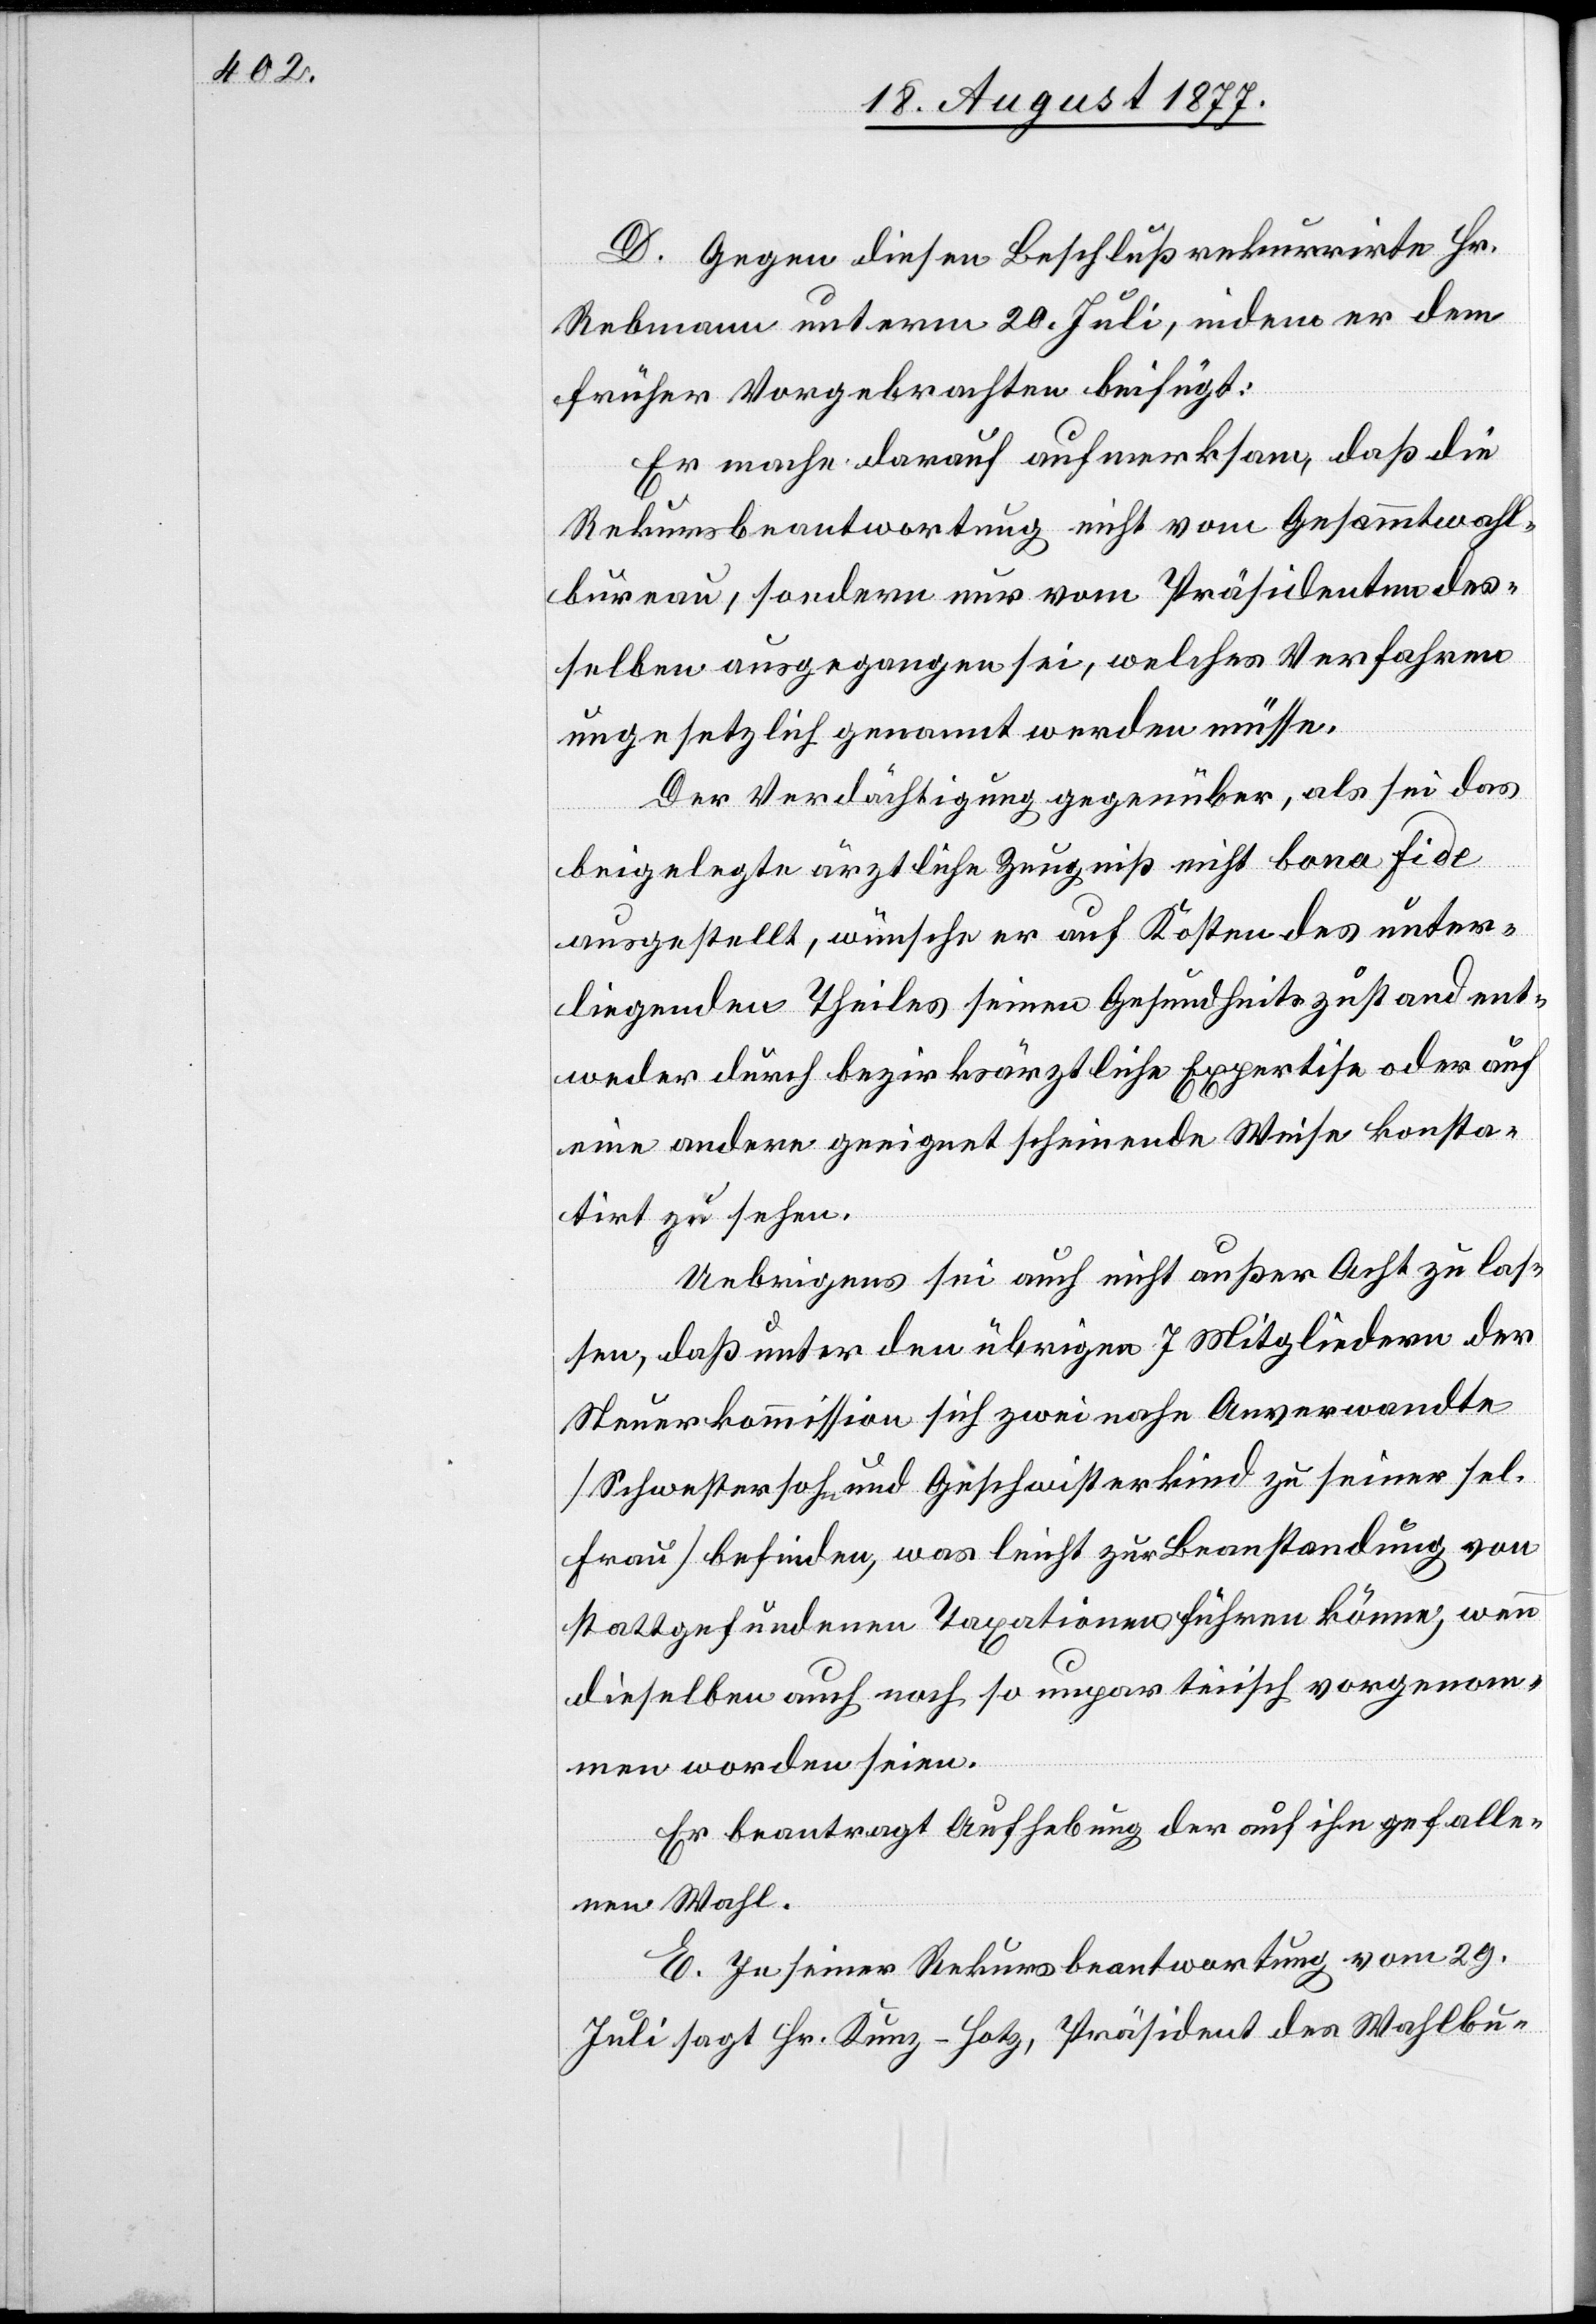
D. Gegen diesen Beschluß rekurrirte Hr.
Rebmann unterm 20. Juli, indem er dem
früher Vorgebrachten beifügt:
Er mache darauf aufmerksam, daß die
Rekursbeantwortung nicht vom Gesammtwahl¬
bureau, sondern nur vom Präsidenten des¬
selben ausgegangen sei, welches Verfahren
ungesetzlich genannt werden müsse.
Der Verdächtigung gegenüber, als sei das
beigelegte ärztliche Zeugniß nicht bona fide
ausgestellt, wünsche er auf Kosten des unter¬
liegenden Theiles seinen Gesundheitszustand ent¬
weder durch bezirksärztliche Expertise oder auf
eine andere geeignet scheinende Weise konsta¬
tirt zu sehen.
Uebrigens sei auch nicht außer Acht zu las¬
sen, daß unter den übrigen 7 Mitgliedern der
Steuerkommission sich zwei nahe Anverwandte
[Schwestersohn und Geschwisterkind zu seiner sel.
Frau] befinden, was leicht zur Beanstandung von
stattgefundenen Taxationen führen könne, wenn
dieselben auch noch so unparteiisch vorgenom¬
men worden seien.
Er beantragt Aufhebung der auf ihn gefalle¬
nen Wahl.
E. In seiner Rekursbeantwortung vom 29.
Juli sagt Hr. Kunz-Hotz, Präsident des Wahlbu-